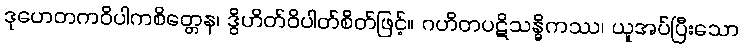
ဒုဟေတကဝိပါကစိတ္တေန၊ ဒွိဟိတ်ဝိပါတ်စိတ်ဖြင့်။ ဂဟိတပဋိသန္ဓိကဿ၊ ယူအပ်ပြီးသော